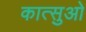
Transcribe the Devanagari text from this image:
कात्सुओ